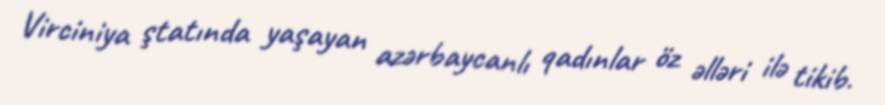
Virciniya ştatında yaşayan azərbaycanlı qadınlar öz əlləri ilə tikib.